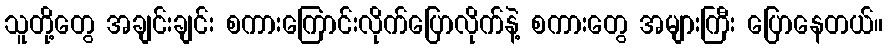
သူတို့တွေ အချင်းချင်း စကားကြောင်းလိုက်ပြောလိုက်နဲ့ စကားတွေ အများကြီး ပြောနေတယ်။